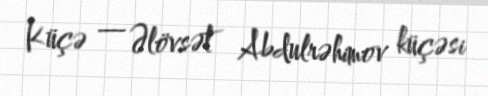
Küçə — Əlövsət Abdulrəhimov küçəsi